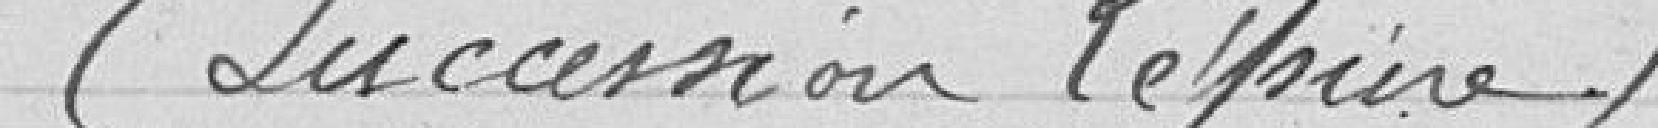
(succession Lépine)